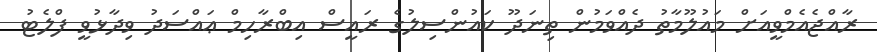
ރާއްޖެއެމްވީއަށް މައުލޫމާތު ދެއްވަމުން ތިނަދޫ ކައުންސިލުގެ ރައީސް އިބްރާހިމް ޢައްސަދު ވިދާޅުވީ ފްލެޓު